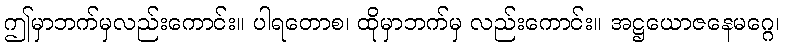
ဤမှာဘက်မှလည်းကောင်း။ ပါရတောစ၊ ထိုမှာဘက်မှ လည်းကောင်း။ အဋ္ဌယောဇနေမဂ္ဂေ၊